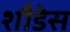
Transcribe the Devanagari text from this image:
शौडेस